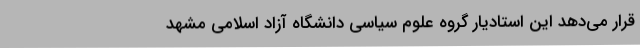
قرار می‌دهد این استادیار گروه علوم سیاسی دانشگاه آزاد اسلامی مشهد